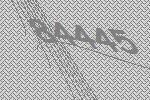
84445